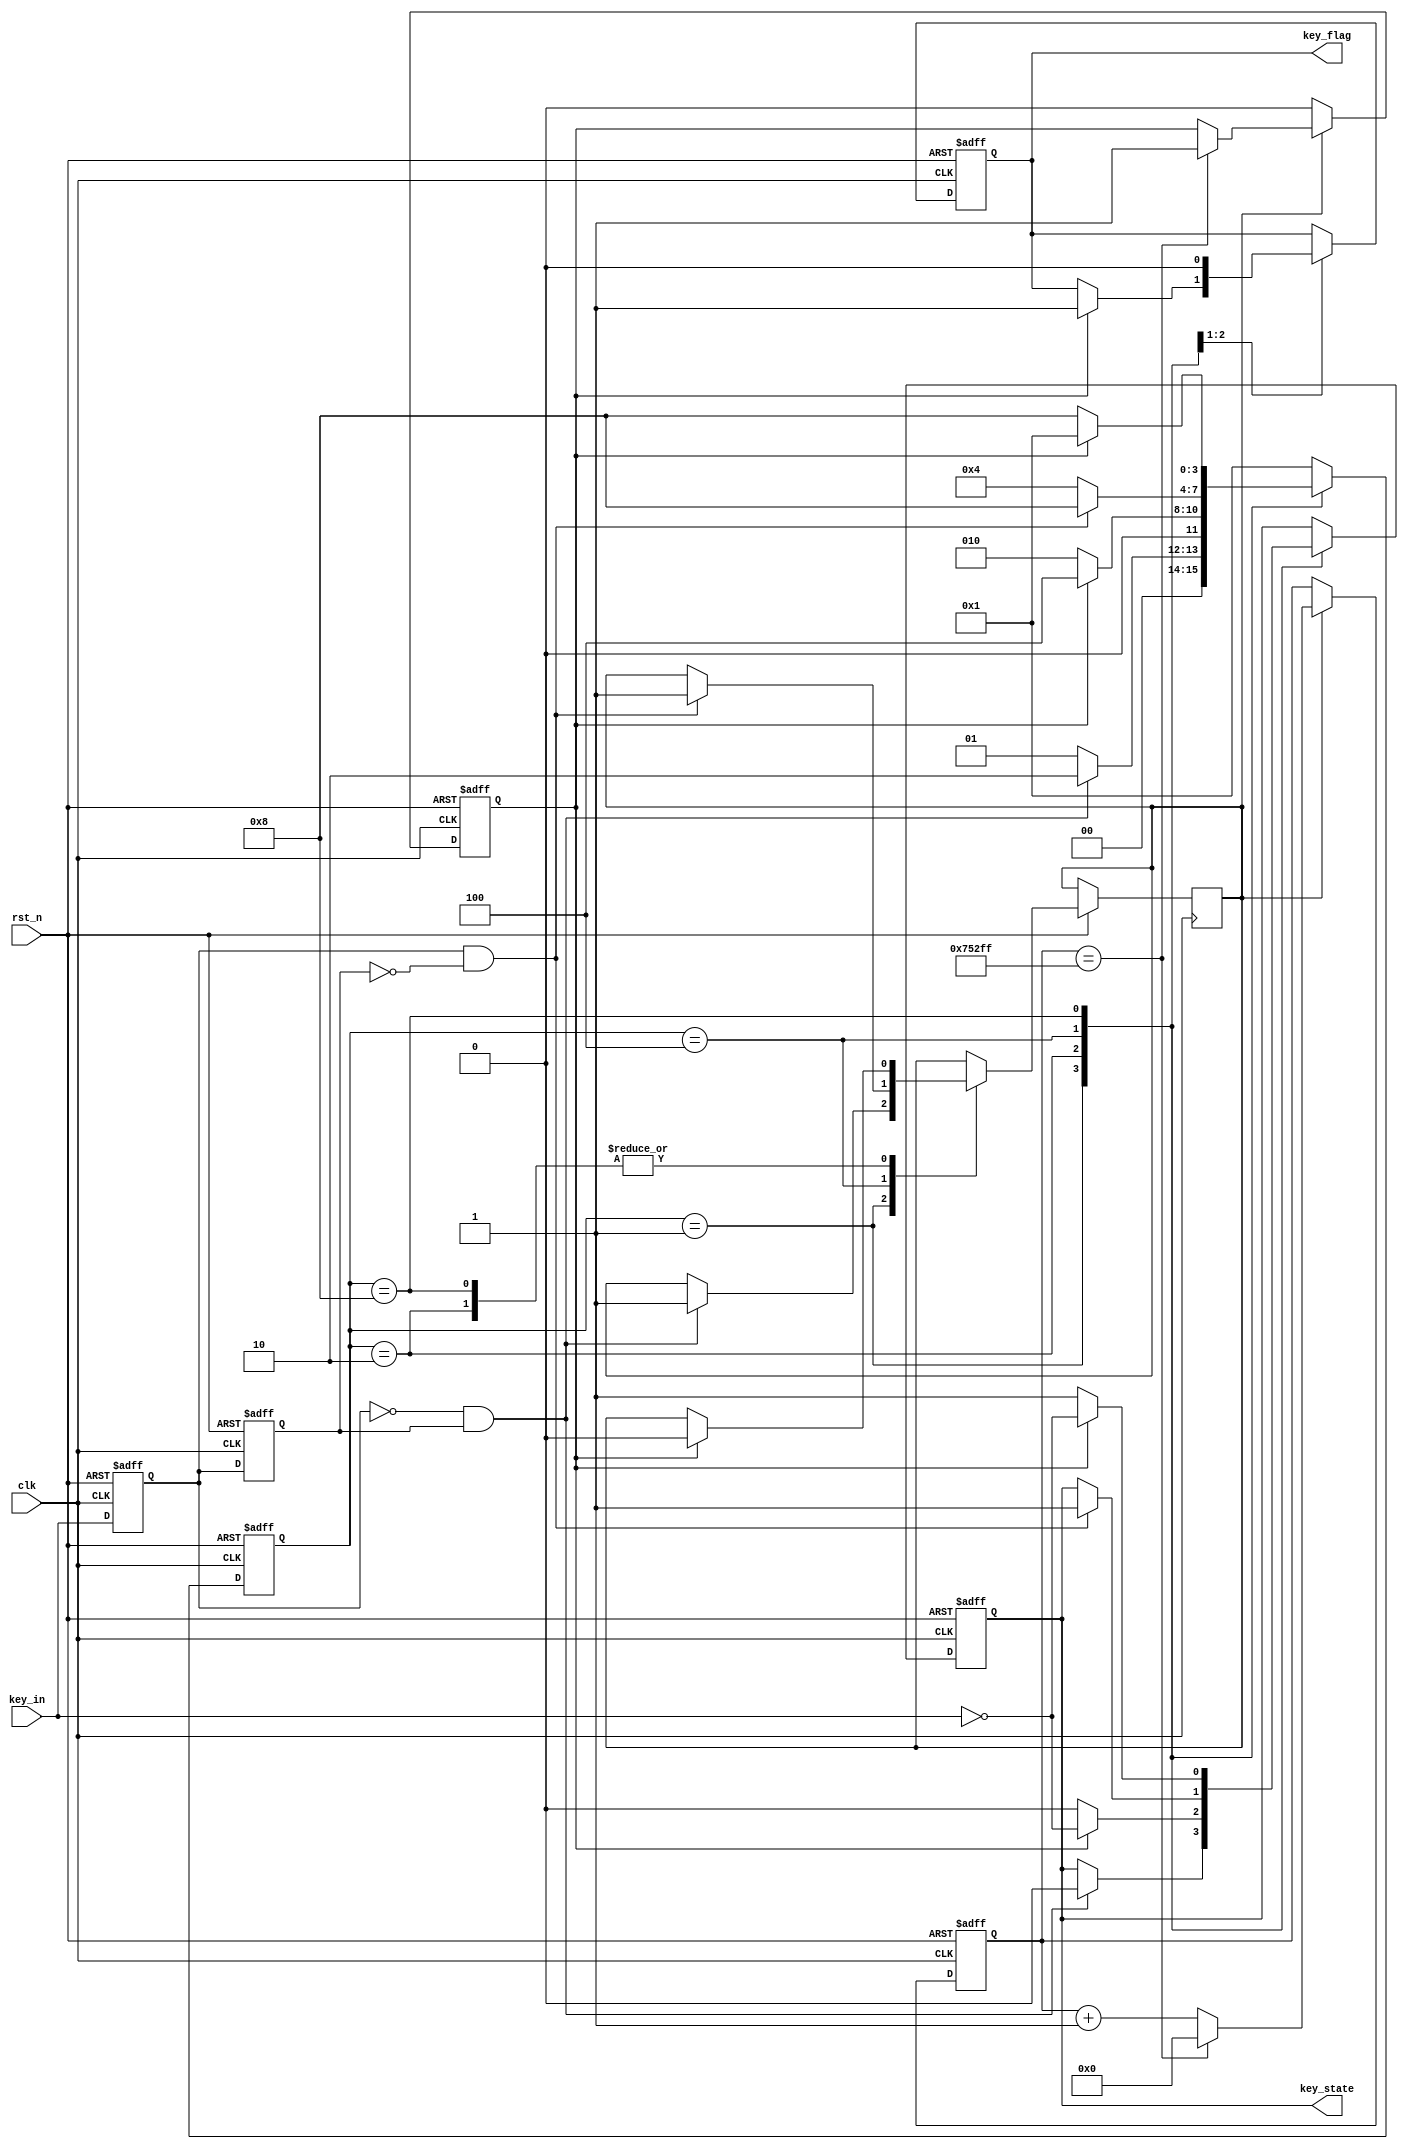
module xiaodou( clk,
		 rst_n,
		 key_in,
		 key_flag,
		 key_state
    );
       input clk;
		 input rst_n;
		 input key_in;
		 output reg key_flag;
		 output reg key_state;

wire pedge;
wire nedge;

reg [3:0]state_score;

reg key_temp0,key_temp1;
reg [19:0]cnt_score;
reg cnt_full;   
      //20ms
reg en_cnt;  
        //

localparam IDEL    = 4'b0001,
           FILTER0 = 4'b0010,
		     DOWN    = 4'b0100,
		     FILTER1 = 4'b1000;

always@(posedge clk or negedge rst_n) 
 begin
 if(!rst_n) begin
  key_temp0 <= 1'b0;
  key_temp1 <= 1'b0;
  end
 else begin
  key_temp0 <= key_in;
  key_temp1 <= key_temp0;
 end
 end
 
 assign nedge = (!key_temp0) & key_temp1;
 assign pedge = key_temp0 & (!key_temp1);
  
  
 
always@(posedge clk or negedge rst_n) begin
if(!rst_n)
begin
  cnt_score <= 0;
  cnt_full <= 0;
  end
  else if(en_cnt)
begin
 if(cnt_score == 20'd479999) begin
  cnt_score <= 20'd0;
  cnt_full <= 1'b1;
  end
 else 
  cnt_score <= cnt_score +1'b1;
 
 end
 else
 cnt_full <= 0;
 
 end
 
 
always@(posedge clk or negedge rst_n)
begin 
 if(!rst_n)
  begin
    key_state <= 0;
	 key_flag <= 1'b0;
	 state_score <= IDEL;
  end
  else begin
  case(state_score)
   IDEL:
	begin
    if(nedge) begin
    state_score <= FILTER0;
	 en_cnt <= 1'b1;
	 key_state <= 0;
	 end
	 else begin
	 state_score <= IDEL;
	 end
	end
   FILTER0:
    if(cnt_full) begin
     state_score <= DOWN; 
	 en_cnt <= 1'b0;
	 key_flag <= 1;
	 key_state <= ~key_in;
	end
	else begin
	 state_score <= FILTER0;
	 key_state <= 0;
    end 
   DOWN:
	begin
	 key_flag <= 0;
    if(pedge) begin
	 state_score <= FILTER1; 
     en_cnt <= 1'b1;
	 key_state <= 1;
	end
	else begin
	begin
	state_score <= DOWN;
	 end
	end
	end
   FILTER1: 
	if(cnt_full) begin
	 state_score <= IDEL;
	 en_cnt <= 1'b0;
	 key_state <= ~key_in;
	end
    else begin
	 state_score <= FILTER1;
	 key_state <= 1;
	end
   default:state_score <= IDEL;
   endcase
 end
end 
endmodule